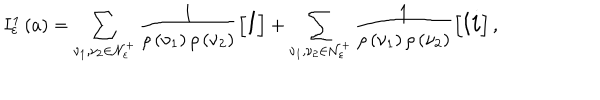
I _ { \varepsilon } ^ { 1 } \left( a \right) = \sum _ { \nu _ { 1 } , \nu _ { 2 } \in { \cal N } _ { \varepsilon } ^ { + } } \frac { 1 } { \rho \left( \nu _ { 1 } \right) \rho \left( \nu _ { 2 } \right) } \left[ { \LARGE i } \right] + \sum _ { \nu _ { 1 } , \nu _ { 2 } \in { \cal N } _ { \varepsilon } ^ { + } } \frac { 1 } { \rho \left( \nu _ { 1 } \right) \rho \left( \nu _ { 2 } \right) } \left[ { \Large i i } \right] ,